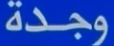
وجدة